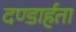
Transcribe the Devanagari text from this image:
दण्डार्हता